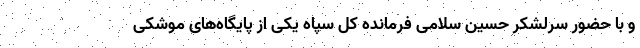
و با حضور سرلشکر حسین سلامی فرمانده کل سپاه یکی از پایگاه‌های موشکی